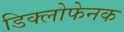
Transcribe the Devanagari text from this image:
डिक्लोफेनक